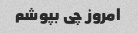
امروز چی بپوشم